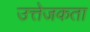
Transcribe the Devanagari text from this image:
उत्तेजकता